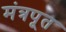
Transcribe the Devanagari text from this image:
मंत्रपूत